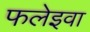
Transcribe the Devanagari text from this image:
फलेइवा